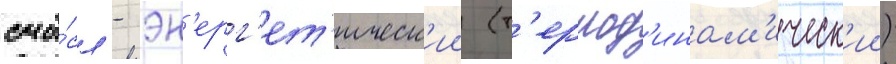
смы́сл - эн'ерг'ет'ическ'ии (т'ермод'инам'ическ'ии)